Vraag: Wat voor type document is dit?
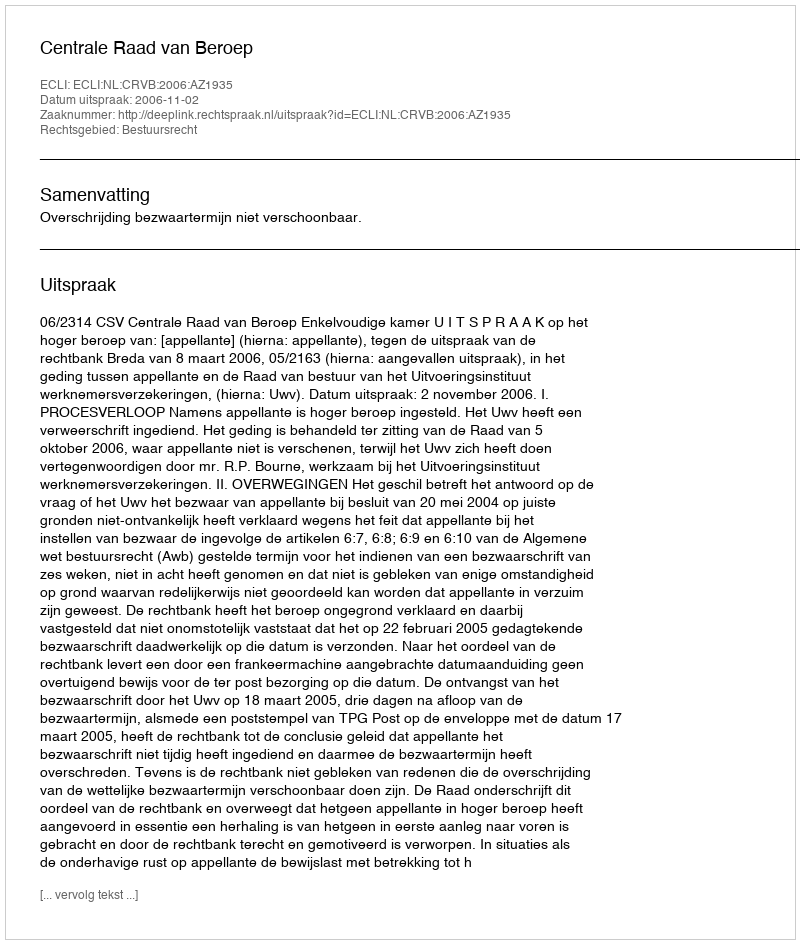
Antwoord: Uitspraak